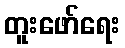
တူးဖော်ရေး